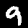
Digit: 9